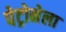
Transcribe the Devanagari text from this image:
पेट्रोनेला